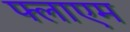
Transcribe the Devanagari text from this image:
फ्लाएम